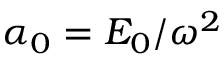
{ \alpha _ { 0 } } = { \cal E } _ { 0 } / \omega ^ { 2 }